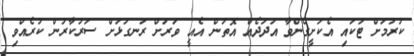
ކުރުމަށް ޓަކައި އެކަށީގެންވާ އަދަދެއް އޮތުން އެއީ ވަރަށް ރަނގަޅަށް ސަރުކާރުން ކުރެއްވި